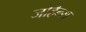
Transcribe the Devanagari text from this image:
जोहैन्स